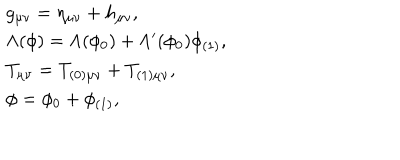
\begin{array} { l l } { { g _ { \mu \nu } = \eta _ { \mu \nu } + h _ { \mu \nu } , } } \\ { { \Lambda ( \phi ) = \Lambda ( \phi _ { 0 } ) + \Lambda ^ { \prime } ( \phi _ { 0 } ) \phi _ { ( 1 ) } , } } \\ { { T _ { \mu \nu } = T _ { ( 0 ) \mu \nu } + T _ { ( 1 ) \mu \nu } , } } \\ { { \phi = \phi _ { 0 } + \phi _ { ( 1 ) } , } } \\ \end{array}